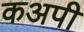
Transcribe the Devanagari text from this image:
कअपी